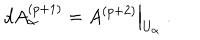
d A _ { \alpha } ^ { ( p + 1 ) } = \left. A ^ { ( p + 2 ) } \right| _ { U _ { \alpha } } \ .